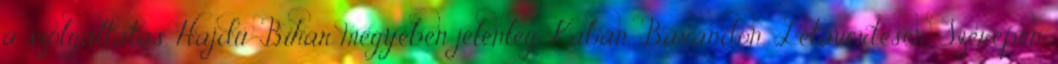
a szolgáltatás. Hajdú-Bihar megyében jelenleg Kabán, Bárándon, Létavértesen, Szerepen,